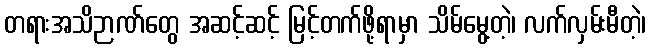
တရားအသိဉာဏ်တွေ အဆင့်ဆင့် မြင့်တက်ဖို့ရာမှာ သိမ်မွေ့တဲ့၊ လက်လှမ်းမီတဲ့၊